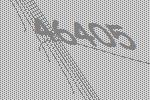
46405